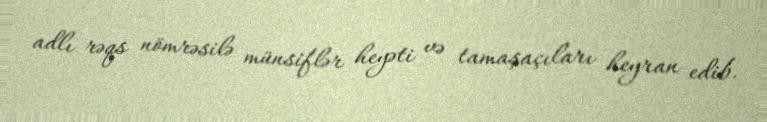
adlı rəqs nömrəsilə münsiflər heyəti və tamaşaçıları heyran edib.